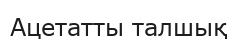
Ацетатты талшық